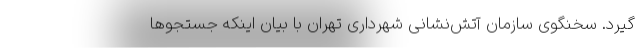
گیرد. سخنگوی سازمان آتش‌نشانی شهرداری تهران با بیان اینکه جستجوها